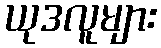
ယုဒလူများ